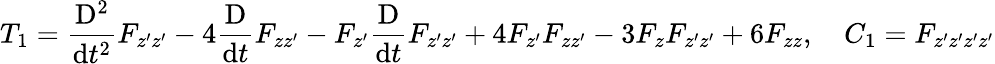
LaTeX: T_{1}=\frac{\mathrm{D^{2}}}{\mathrm{d}t^{2}}F_{z^{\prime}z^{\prime}}-4\frac{\mathrm{D}}{\mathrm{d}t}F_{zz^{\prime}}-F_{z^{\prime}}\frac{\mathrm{D}}{\mathrm{d}t}F_{z^{\prime}z^{\prime}}+4F_{z^{\prime}}F_{zz^{\prime}}-3F_{z}F_{z^{\prime}z^{\prime}}+6F_{zz},\quad C_{1}=F_{z^{\prime}z^{\prime}z^{\prime}z^{\prime}}